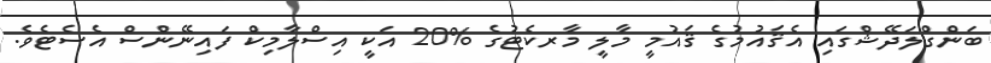
ބަންގްލަދޭޝްގައި އެޤައުމުގެ ޤައުމީ މާލީ މާރކެޓުގެ %20 އަކީ އިސްލާމިކް ފައިނޭންސް އެސެޓެވެ.